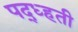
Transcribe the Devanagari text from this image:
पद्ध्हती